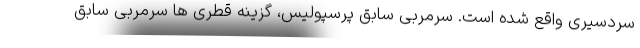
سردسیری واقع شده است. سرمربی سابق پرسپولیس، گزینه قطری ها سرمربی سابق